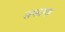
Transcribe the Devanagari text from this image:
सफागा